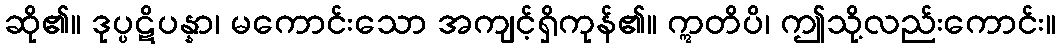
ဆို၏။ ဒုပ္ပဋိပန္နာ၊ မကောင်းသော အကျင့်ရှိကုန်၏။ ဣတိပိ၊ ဤသို့လည်းကောင်း။